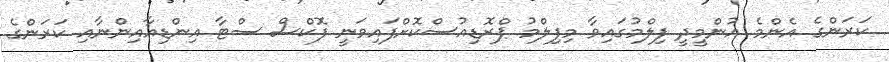
ކަރަންގެ އެންމެ އުންމީދީ ފިލްމުގައިވާ މިފިލްމު ޕްރޮޑިއުސްކޮށްފައިވަނީ ފޮކްސް ސްޓާ އިންޑިއާއިންނާއި ކަރަންގެ